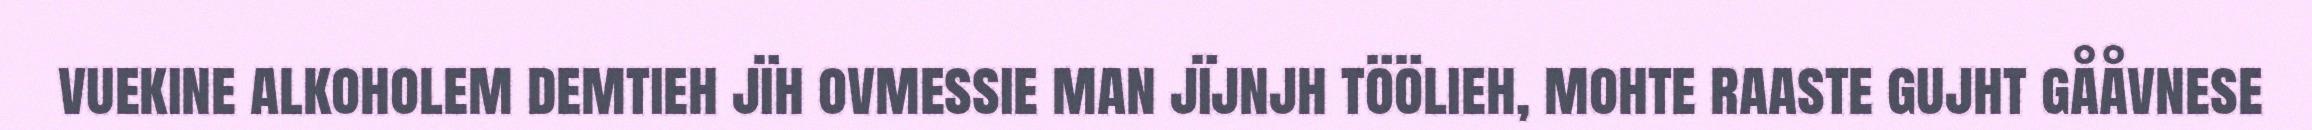
vuekine alkoholem demtieh jïh ovmessie man jïjnjh töölieh, mohte raaste gujht gååvnese